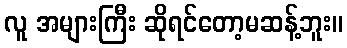
လူ အများကြီး ဆိုရင်တော့မဆန့်ဘူး။